Plague in India, 1896, 1897 - Volume 1
Year: 1896
Disease focus: Plague
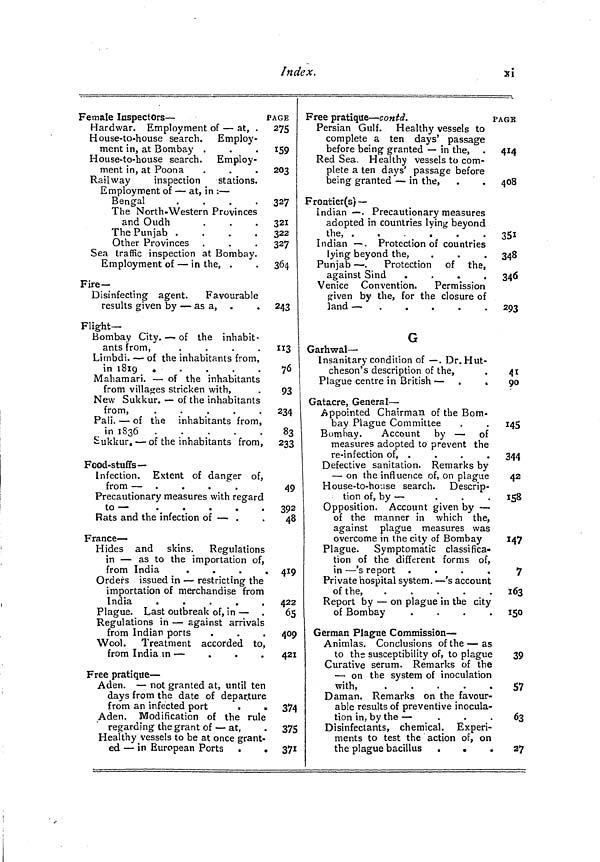
Index.
xi
Female Inspectors —
P
Hardwar. Employment of — at, .
House-to-house search. Employ-
ment in, at Bombay .
House-to-house search. Employ-
ment in, at Poona
Railway
inspection
stations.
Employment of — at, in : —
Bengal
.
.
.
.
The North-Western Provinces
and Oudh
The Punjab .
.
.
.
Other Provinces
Sea traffic inspection at Bombay.
Employment of — in the, .
Fire—
Disinfecting agent.
Favourable
results given by — as a,
Flight-
Bombay City. — of the inhabit-
ants from,
.
.
.
.
Limbdi. — of the inhabitants from,
in 1819
Mahamari. — of the inhabitants
from villages stricken with,
New Sukkur. — of the inhabitants
from,
.
.
.
.
.
Pali. — of the inhabitants from,
in 1836
Sukkur. — of the inhabitants from,
Food-stuffs—
Infection. Extent of danger of,
from — .
.
.
Precautionary measures with regard
to —
Rats and the infection of — .
France —
Hides and skins.
Regulations
in — as to the importation of,
from India
.
.
.
.
Orders issued in — restricting the
importation of merchandise from
India
.
.
.
.
.
Plague. Last outbreak of, in —
Regulations in — against arrivals
from Indian ports
Wool. Treatment accorded to,
from India in —
Free pratique —
Aden. — not granted at, until ten
days from the date of departure
from an infected port
.
Aden. Modification of the rule
regarding the grant of — at,
Healthy vessels to be at once grant-
ed — in European Ports
AGE
275
159
203
327
321
322
327
364
243
113
76
93
234
83
233
49
392
48
419
422
65
409
421
374
375
371
Free pratique — contd.
PAGE
Persian Gulf. Healthy vessels to
complete a ten days' passage
before being granted — in the,
Red Sea. Healthy vessels to com-
plete a ten days' passage before
being granted — in the,
Frontier(s)—
Indian — . Precautionary measures
adopted in countries lying beyond
the, .
.
.
.
.
.
Indian — . Protection of countries
lying beyond the,
Punjab — . Protection of the,
against Sind
.
.
.
.
Venice Convention.
Permission
given by the, for the closure of
land —
G
Garhwal —
Insanitary condition of — . Dr. Hut-
cheson's description of the,
Plague centre in British — .
.
Gatacre, General —
Appointed Chairman of the Bom-
bay Plague Committee
Bombay.
Account by — of
measures adopted to prevent the
re-infection of, .
Defective sanitation. Remarks by
— on the influence of, on plague
House-to-house search. Descrip-
tion of, by —
Opposition. Account given by —
of the manner in which the,
against plague measures was
overcome in the city of Bombay
Plague. Symptomatic classifica-
tion of the different forms of,
in — 's report .
.
.
.
Private hospital system. — 's account
of the,
Report by — on plague in the city
of Bombay
.
.
.
.
German Plague Commission —
Animlas. Conclusions of the — as
to the susceptibility of, to plague
Curative serum. Remarks of the
— on the system of inoculation
with,
.
.
.
.
.
Daman. Remarks on the_ favour-
able results of preventive inocula-
tion in, by the —
.
Disinfectants, chemical. Experi-
ments to test the action of, on
the plague bacillus
.
.
.
414
408
351
348
346
293
41i
90
145
344
42
158
147
7
163
I50
39
57
63
27